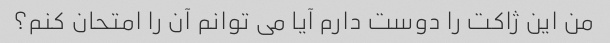
من این ژاکت را دوست دارم آیا می توانم آن را امتحان کنم؟